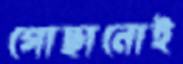
গোছানোই